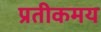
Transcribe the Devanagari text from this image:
प्रतीकमय